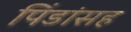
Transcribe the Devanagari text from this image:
पिंडांसह